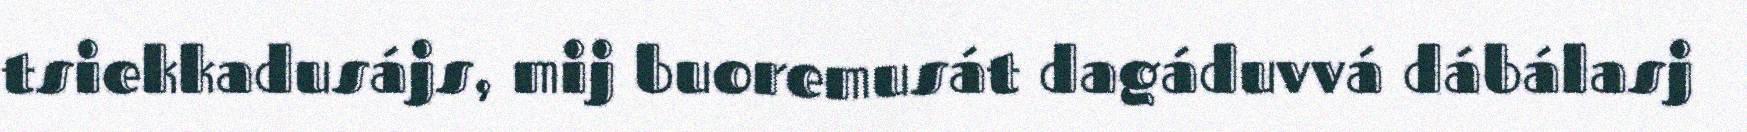
tsiekkadusájs, mij buoremusát dagáduvvá dábálasj